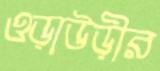
ওড়াউড়ীর